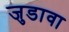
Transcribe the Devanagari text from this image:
जुडावा